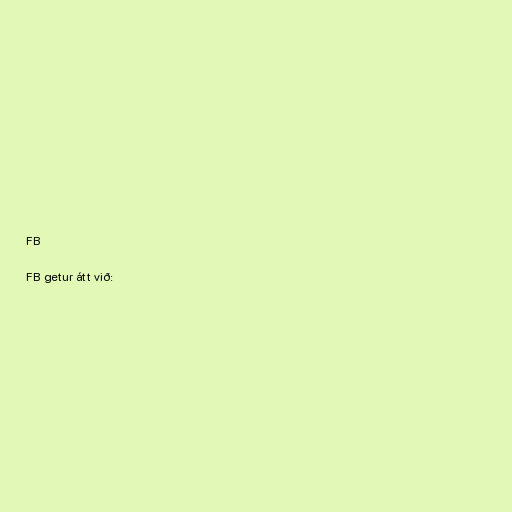
FB

FB getur átt við: